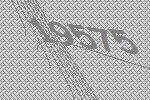
19575